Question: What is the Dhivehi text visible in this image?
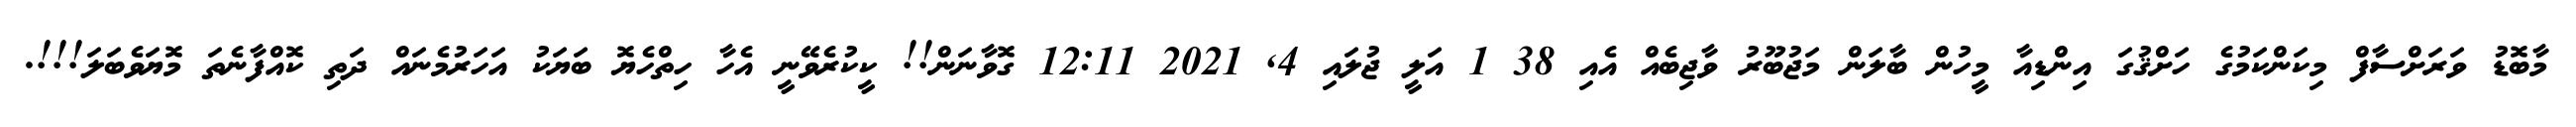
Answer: މާބޮޑު ވަރަށްސާފް މިކަންކަމުގެ ހަށްޤުގަ އިންޑިއާ މީހުން ބާލަން މަޖުބޫރު ވާޖިބެއް އެއި 38 1 އަލީ ޖުލައި 4, 2021 12:11 ގޮވާނަން!! ކީކުރެވޭނީ އެހާ ހިތްހެޔޮ ބަޔަކު އަހަރުމެނައް ދަތި ކޮއްފާނެތަ މޮޔަވެބަލަ!!!.